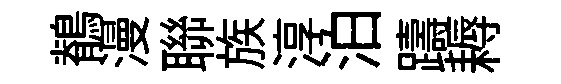
鶺漫聯族淳泊躊耨